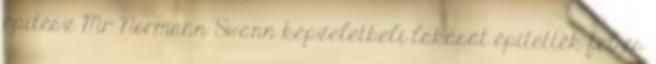
építész Mr Normann Swann képzeletbeli lakását építették fel és